Document type: Barter
Year: 1304
Scribe: Pere Pometa
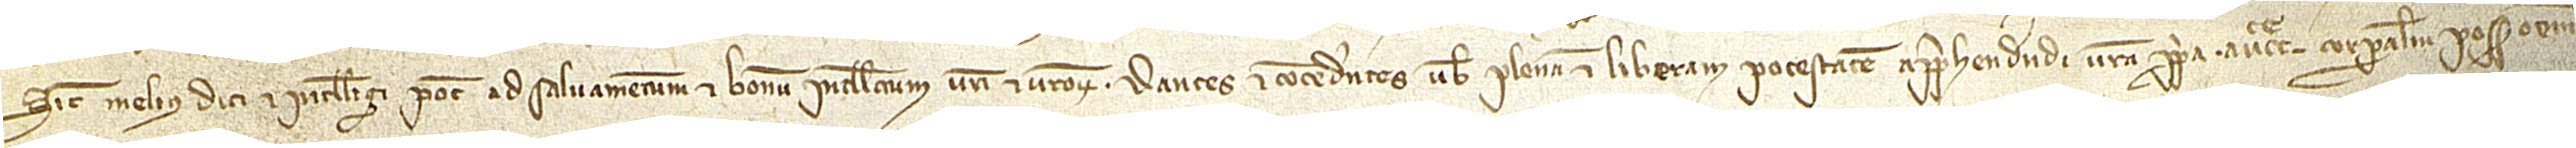
sicut melius dici et intelligi potest ad salvamentum et bonum intellectum vestri et vestrorum. Dantes et concedentes vobis plenam et liberam potestatem apprehendendi vestra propria auctoritate corporalem possessionem